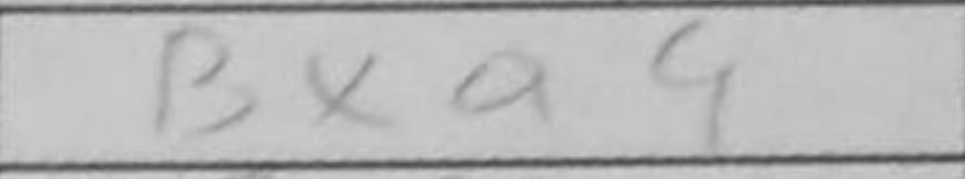
Transcription: Bxa4